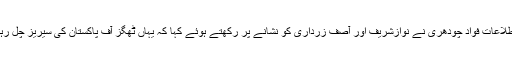
وزیراطلاعات فواد چودھری نے نوازشریف اور آصف زرداری کو نشانے پر رکھتے ہوئے کہا کہ یہاں ٹھگز آف پاکستان کی سیریز چل رہی ہے۔